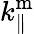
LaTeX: k_{\parallel}^{\mathrm{m}}